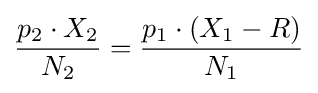
{\frac {p_{2}\cdot X_{2}}{N_{2}}}={\frac {p_{1}\cdot (X_{1}-R)}{N_{1}}}